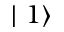
\mid 1 \rangle